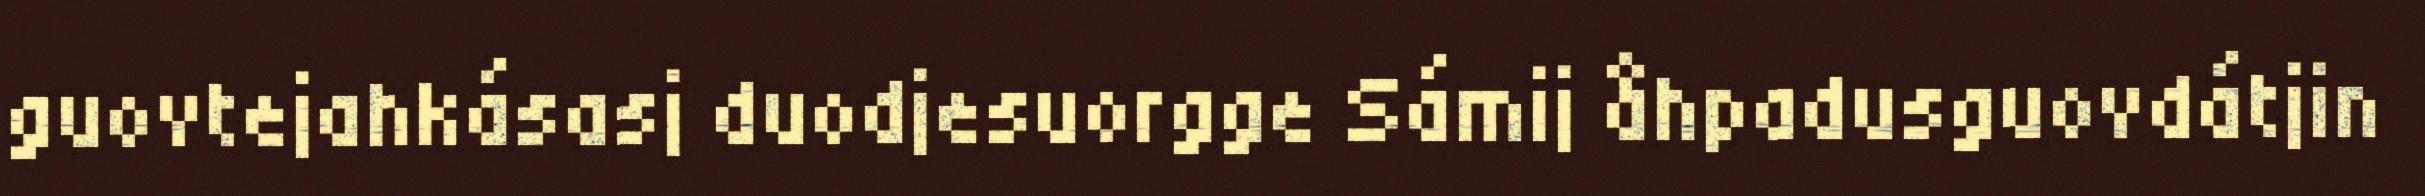
guovtejahkásasj duodjesuorgge Sámij åhpadusguovdátjin